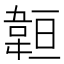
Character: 𩎨